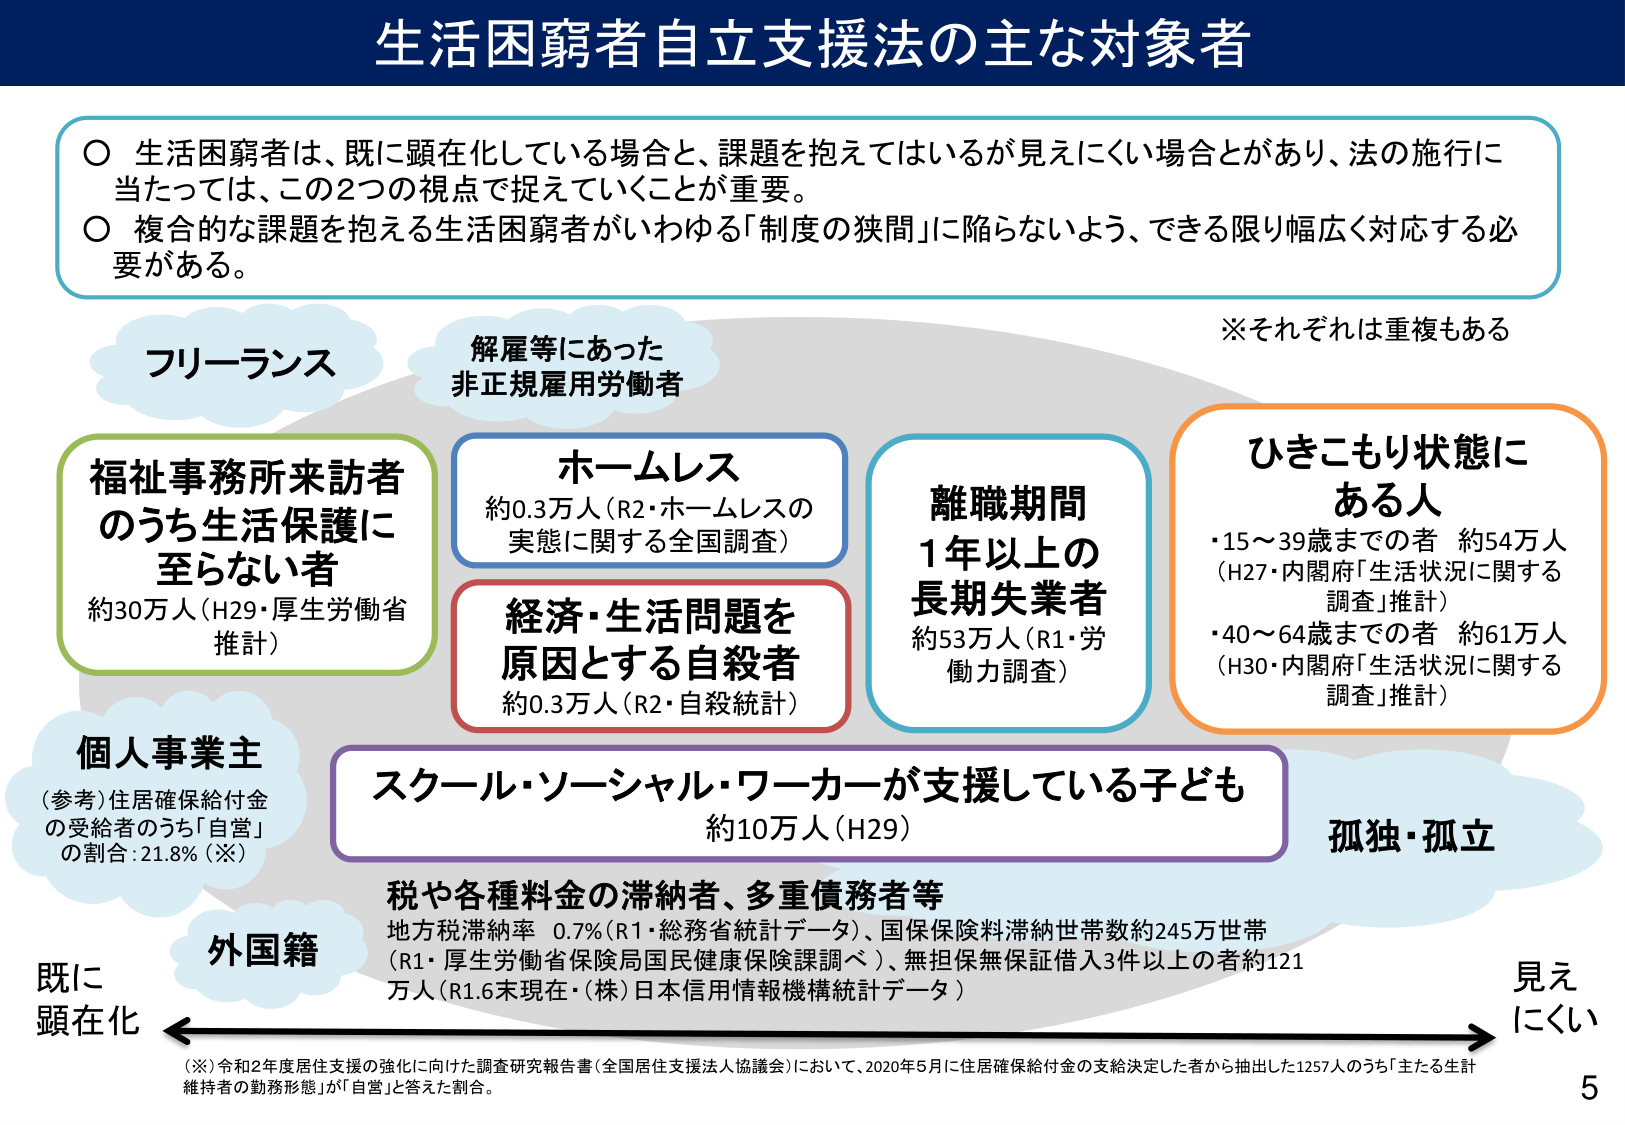
生活困窮者自立支援法の主な対象者

○ 生活困窮者は、既に顕在化している場合と、課題を抱えているが見えにくい場合とがあり、法の施行に当たっては、この2つの視点で捉えていくことが重要。
○ 複合的な課題を抱える生活困窮者がいわゆる「制度の狭間」に陥らないよう、できる限り幅広く対応する必要がある。

※それぞれは重複もある

フリーランス
解雇等にあった
非正規雇用労働者

福祉事務所来訪者
のうち生活保護に
至らない者
約30万人（H29・厚生労働省推計）

ホームレス
約0.3万人（R2・ホームレスの実態に関する全国調査）

経済・生活問題を
原因とする自殺者
約0.3万人（R2・自殺統計）

離職期間
1年以上の
長期失業者
約53万人（R1・労働力調査）

ひきこもり状態に
ある人
・15～39歳までの者 約54万人
（H27・内閣府「生活状況に関する調査」推計）
・40～64歳までの者 約61万人
（H30・内閣府「生活状況に関する調査」推計）

個人事業主
（参考）住居確保給付金
の受給者のうち「自営」
の割合：21.8%（※）

スクール・ソーシャル・ワーカーが支援している子ども
約10万人（H29）

孤独・孤立

税や各種料金の滞納者、多重債務者等
地方税滞納率 0.7%（R1・総務省統計データ）、国保保険料滞納世帯数約245万世帯
（R1・厚生労働省保険局国民健康保険課調べ）、無担保無保証借入3件以上の者約121万人（R1.6末現在・（株）日本信用情報機構統計データ）

外国籍

既に
顕在化
←
見え
にくい
→

（※）令和2年度居住支援の強化に向けた調査研究報告書（全国居住支援法人協議会）において、2020年5月に住居確保給付金の支給決定した者から抽出した1257人のうち「主たる生計維持者の勤務形態」が「自営」と答えた割合。

5